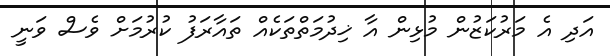
އަދި އެ މަރުކަޒުން މުޅިން އާ ޚިދުމަތްތަކެއް ތައާރަފު ކުރުމަށް ވެސް ވަނީ